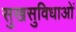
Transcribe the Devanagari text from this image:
सुखसुविधाओं